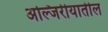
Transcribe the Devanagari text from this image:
अल्जिरीयातील